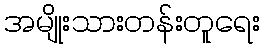
အမျိုးသားတန်းတူရေး